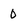
Character: 0